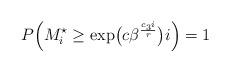
LaTeX: \begin{align*}P\Bigl(M_i^\star\geq \exp\bigl(c\beta^\frac{c_3i}{r}\bigr) i\Bigr)=1\end{align*}